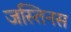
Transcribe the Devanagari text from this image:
जस्तिनस